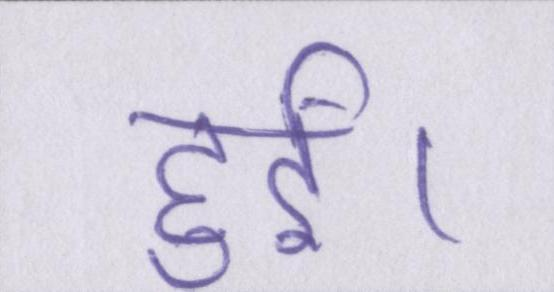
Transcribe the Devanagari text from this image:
हुईं।